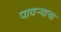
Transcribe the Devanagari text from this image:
पायऱ्याचा